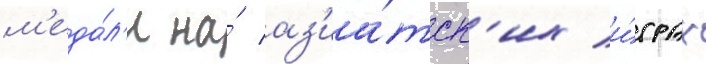
м'еда́л'и на́ аз'иа́тск'их и́грах